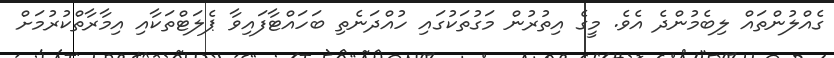
ގެއްލުންތައް ލިބެމުންދެ އެވެ. މީގެ އިތުރުން މަގުތަކުގައި ހުއްދަނެތި ބަހައްޓާފައިވާ ޕެލަޓްތަކާއި އިމާރާތްކުރުމަށް